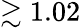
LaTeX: \gtrsim 1.02